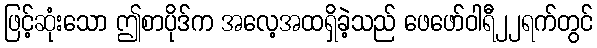
ဖြင့်ဆုံးသော ဤစာပိုဒ်က အလေ့အထရှိခဲ့သည် ဖေဖော်ဝါရီ၂၂ရက်တွင်